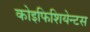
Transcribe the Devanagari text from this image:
कोइफिशियेन्‍टस